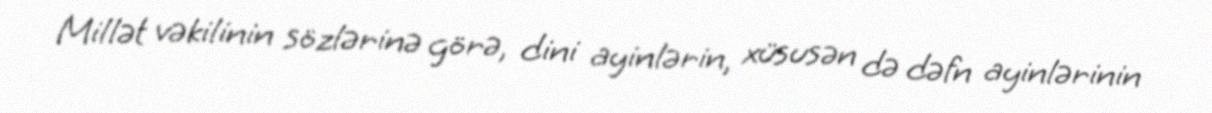
Millət vəkilinin sözlərinə görə, dini ayinlərin, xüsusən də dəfn ayinlərinin